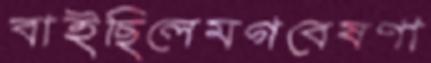
বাইছিলেমগবেষণা